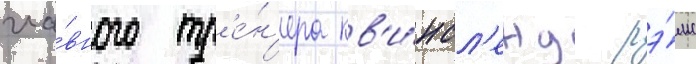
гла́вного тр'е́н'ера кв'и́нсл'енд рэ́мс